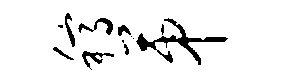
稿第